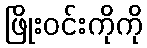
ဖြိုးဝင်းကိုကို